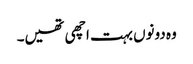
وہ دونوں بہت اچھی تھیں۔